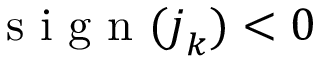
\mathrm { ~ s ~ i ~ g ~ n ~ } ( \boldsymbol { j } _ { k } ) < 0